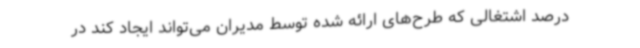
درصد اشتغالی که طرح‌های ارائه شده توسط مدیران می‌تواند ایجاد کند در